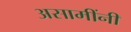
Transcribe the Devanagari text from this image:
असामींनी